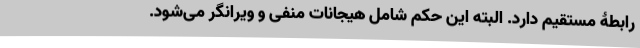
رابطۀ مستقیم دارد. البته این حکم شامل هیجانات منفی و ویرانگر می‌شود.